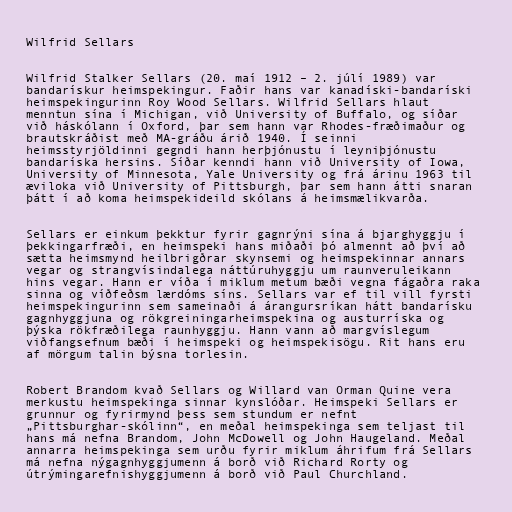
Wilfrid Sellars

Wilfrid Stalker Sellars (20. maí 1912 – 2. júlí 1989) var
bandarískur heimspekingur. Faðir hans var kanadíski-bandaríski
heimspekingurinn Roy Wood Sellars. Wilfrid Sellars hlaut
menntun sína í Michigan, við University of Buffalo, og síðar
við háskólann í Oxford, þar sem hann var Rhodes-fræðimaður og
brautskráðist með MA-gráðu árið 1940. Í seinni
heimsstyrjöldinni gegndi hann herþjónustu í leyniþjónustu
bandaríska hersins. Síðar kenndi hann við University of Iowa,
University of Minnesota, Yale University og frá árinu 1963 til
æviloka við University of Pittsburgh, þar sem hann átti snaran
þátt í að koma heimspekideild skólans á heimsmælikvarða.

Sellars er einkum þekktur fyrir gagnrýni sína á bjarghyggju í
þekkingarfræði, en heimspeki hans miðaði þó almennt að því að
sætta heimsmynd heilbrigðrar skynsemi og heimspekinnar annars
vegar og strangvísindalega náttúruhyggju um raunveruleikann
hins vegar. Hann er víða í miklum metum bæði vegna fágaðra raka
sinna og víðfeðsm lærdóms síns. Sellars var ef til vill fyrsti
heimspekingurinn sem sameinaði á árangursríkan hátt bandarísku
gagnhyggjuna og rökgreiningarheimspekina og austurríska og
þýska rökfræðilega raunhyggju. Hann vann að margvíslegum
viðfangsefnum bæði í heimspeki og heimspekisögu. Rit hans eru
af mörgum talin býsna torlesin.

Robert Brandom kvað Sellars og Willard van Orman Quine vera
merkustu heimspekinga sinnar kynslóðar. Heimspeki Sellars er
grunnur og fyrirmynd þess sem stundum er nefnt
„Pittsburghar-skólinn“, en meðal heimspekinga sem teljast til
hans má nefna Brandom, John McDowell og John Haugeland. Meðal
annarra heimspekinga sem urðu fyrir miklum áhrifum frá Sellars
má nefna nýgagnhyggjumenn á borð við Richard Rorty og
útrýmingarefnishyggjumenn á borð við Paul Churchland.